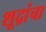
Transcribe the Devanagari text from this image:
शूद्रांचा